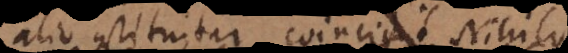
alio constituitur coincidit Nihilo,